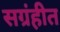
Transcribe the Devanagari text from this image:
सग्रंहीत